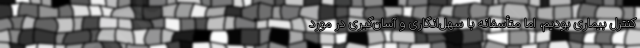
کنترل بیماری بودیم، اما متأسفانه با سهل‌انگاری و آسان‌گیری در مورد